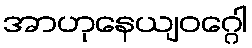
အာဟုနေယျဝဂ္ဂေါ